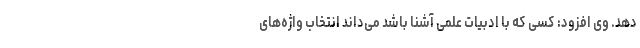
دهد. وی افزود: کسی که با ادبیات علمی آشنا باشد می‌داند انتخاب واژه‌های